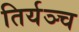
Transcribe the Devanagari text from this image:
तिर्यञ्च